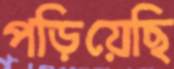
পড়িয়েছি